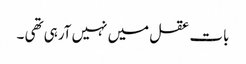
بات عقل میں نہیں آرہی تھی ۔